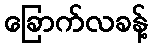
ခြောက်လခန့်